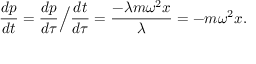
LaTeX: { \frac { d p } { d t } } = { \frac { d p } { d \tau } } { \Big / } { \frac { d t } { d \tau } } = { \frac { - \lambda m \omega ^ { 2 } x } { \lambda } } = - m \omega ^ { 2 } x .